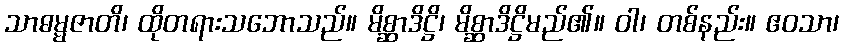
သာဓမ္မဇာတိ၊ ထိုတရားသဘောသည်။ မိစ္ဆာဒိဋ္ဌိ၊ မိစ္ဆာဒိဋ္ဌိမည်၏။ ဝါ၊ တစ်နည်း။ ဧဝသာ၊